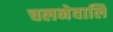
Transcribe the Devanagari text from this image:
चलनेवालि